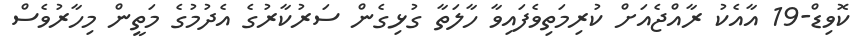
ކޮވިޑް-19 އާއެކު ރާއްޖެއަށް ކުރިމަތިވެފައިވާ ހާލަތާ ގުޅިގެން ސަރުކާރުގެ އެދުމުގެ މަތީން މިހާރުވެސް